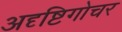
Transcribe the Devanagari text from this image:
अदृष्टिगोचर